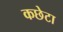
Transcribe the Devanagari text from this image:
कछेटा